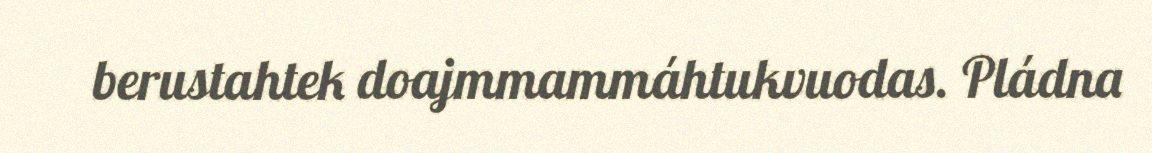
berustahtek doajmmammáhtukvuodas. Pládna